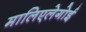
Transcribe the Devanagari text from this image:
मालिएलेगोई